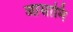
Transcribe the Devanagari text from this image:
आसामि